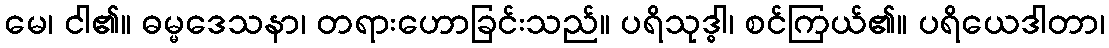
မေ၊ ငါ၏။ ဓမ္မဒေသနာ၊ တရားဟောခြင်းသည်။ ပရိသုဒ္ဓါ၊ စင်ကြယ်၏။ ပရိယေဒါတာ၊